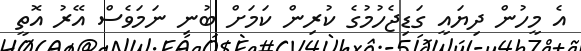
އެ މީހުން ދިޔައީ ގަޑިޖެހުމުގެ ކުރިން ކަމަށް ބުނި ނަމަވެސް އޭރު އޮތީ